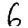
Digit: 6